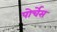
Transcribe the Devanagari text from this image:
पोर्चेस